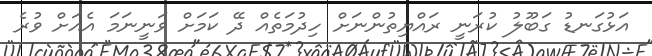
އަޅުގަނޑު ގަބޫލު ކުރަނީ ރައްޔިތުންނަށް ހިދުމަތެއް ދޭ ކަމަށް ވަނީނަމަ އެއަށް ވުރެ